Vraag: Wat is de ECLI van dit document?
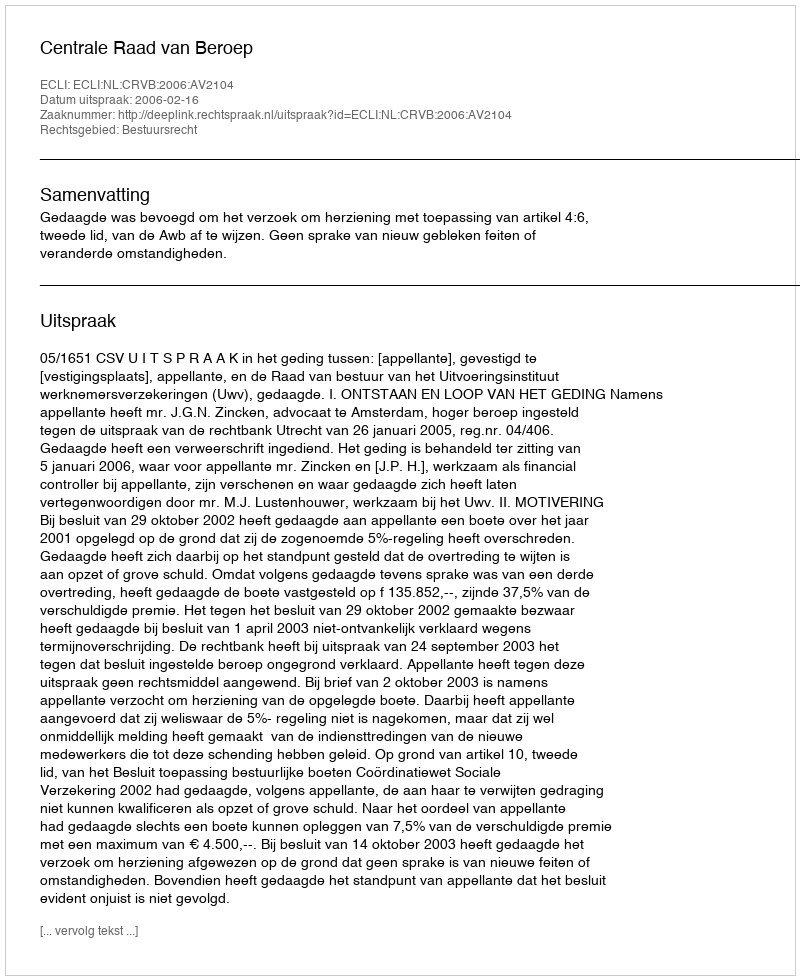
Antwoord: ECLI:NL:CRVB:2006:AV2104